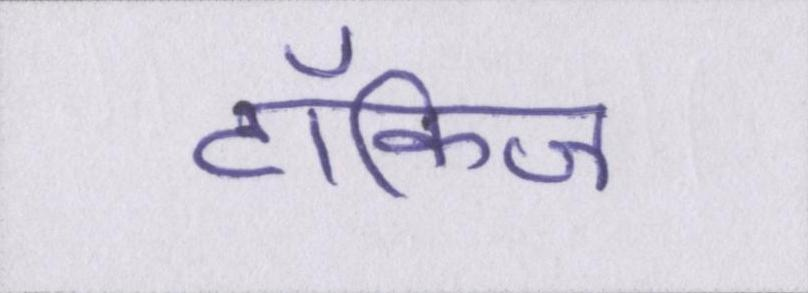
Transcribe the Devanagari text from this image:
टॉकिज